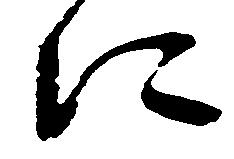
に